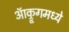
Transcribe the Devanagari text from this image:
ऑक्रूगमध्ये